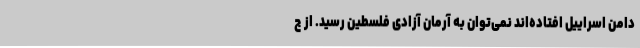
دامن اسراییل افتاده‌اند نمی‌توان به آرمان آزادی فلسطین رسید. از ج